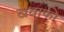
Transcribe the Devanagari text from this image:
खवाफी